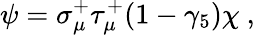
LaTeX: \psi=\sigma_{\mu}^{+}\tau_{\mu}^{+}(1-\gamma_{5})\chi~,